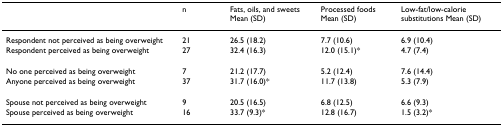
<table><thead><tr><td></td><td><b>n</b></td><td><b>Fats, oils, and sweets Mean (SD)</b></td><td><b>Processed foods Mean (SD)</b></td><td><b>Low-fat/low-calorie substitutions Mean (SD)</b></td></tr></thead><tbody><tr><td>Respondent not perceived as being overweight</td><td>21</td><td>26.5 (18.2)</td><td>7.7 (10.6)</td><td>6.9 (10.4)</td></tr><tr><td>Respondent perceived as being overweight</td><td>27</td><td>32.4 (16.3)</td><td>12.0 (15.1)*</td><td>4.7 (7.4)</td></tr><tr><td>No one perceived as being overweight</td><td>7</td><td>21.2 (17.7)</td><td>5.2 (12.4)</td><td>7.6 (14.4)</td></tr><tr><td>Anyone perceived as being overweight</td><td>37</td><td>31.7 (16.0)*</td><td>11.7 (13.8)</td><td>5.3 (7.9)</td></tr><tr><td>Spouse not perceived as being overweight</td><td>9</td><td>20.5 (16.5)</td><td>6.8 (12.5)</td><td>6.6 (9.3)</td></tr><tr><td>Spouse perceived as being overweight</td><td>16</td><td>33.7 (9.3)*</td><td>12.8 (16.7)</td><td>1.5 (3.2)*</td></tr></tbody></table>